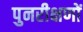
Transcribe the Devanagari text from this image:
पुनरीक्षणों